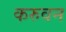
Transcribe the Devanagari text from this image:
करुवन